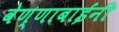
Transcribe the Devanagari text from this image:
वेण्णाबाईंनी